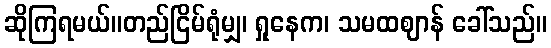
ဆိုကြရမယ်။တည်ငြိမ်ရုံမျှ၊ ရှုနေက၊ သမထဈာန် ခေါ်သည်။